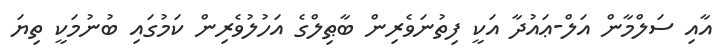
އާއި ސަލްމާން އަލް-ޢައުދާ އަކީ ފިތުނަވެރިން ބާޠިލްގެ އަހުލުވެރިން ކަމުގައި ބުނުމަކީ ތިޔަ